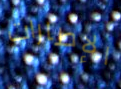
الإطارات